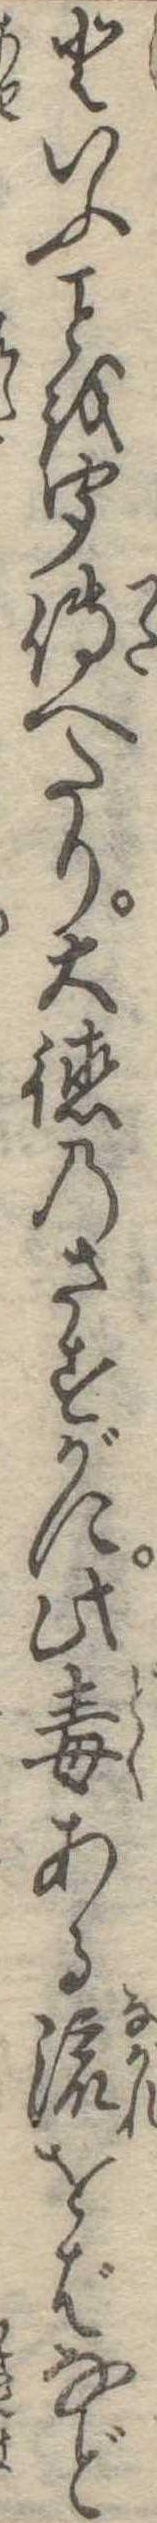
といふを聞伝へたり大徳のさすがに此毒ある流をばなど